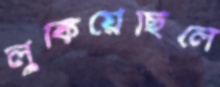
লুকিয়েছিলে